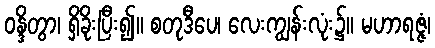
ဝန္ဒိတွာ၊ ရှိခိုးပြီး၍။ စတုဒီပေ၊ လေးကျွန်းလုံး၌။ မဟာရဇ္ဇံ၊